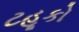
ટહૂકો